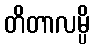
တိတာလမ္ပိ